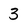
Character: 3